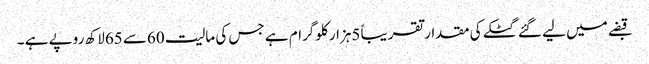
قبضے میں لیے گئے گٹکے کی مقدار تقریباً 5ہزار کلوگرام ہے جس کی مالیت 60سے 65لاکھ روپے ہے ۔